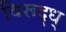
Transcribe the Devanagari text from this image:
विरूद्ध्